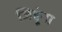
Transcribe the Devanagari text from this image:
जिद्दूंना